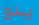
يبدو